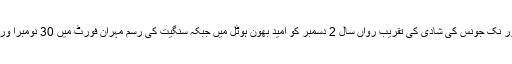
واضح رہےاداکارہ پریانکا چوپڑا اور نک جونس کی شادی کی تقریب رواں سال 2 دسمبر کو امید بھون ہوٹل میں جبکہ سنگیت کی رسم مہران فورٹ میں 30 نومبرا ور یکم دسمبر کو منعقد کی جائے گی